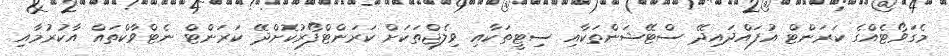
މެގަވޯޓެއްގެ ކަރަންޓް އުފައްދައިދޭ ސްޓޭޝަންތަކާއި ސިޓީތަކާއި ވިލެޖްތަކަށް ކަރަންޓްފޯރުކޮށްދޭ ކަރަންޓް ނެޓްވާކްތައް އާކުރުމާއި